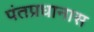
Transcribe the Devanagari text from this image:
पंतप्रधानास